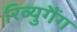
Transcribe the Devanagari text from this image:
रिव्युगैंग